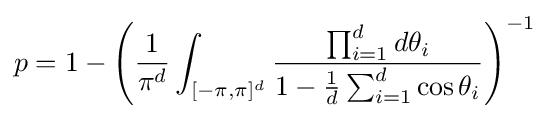
p=1-\left({\frac {1}{\pi ^{d}}}\int _{[-\pi ,\pi ]^{d}}{\frac {\prod _{i=1}^{d}d\theta _{i}}{1-{\frac {1}{d}}\sum _{i=1}^{d}\cos \theta _{i}}}\right)^{-1}